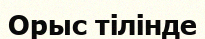
Орыс тілінде